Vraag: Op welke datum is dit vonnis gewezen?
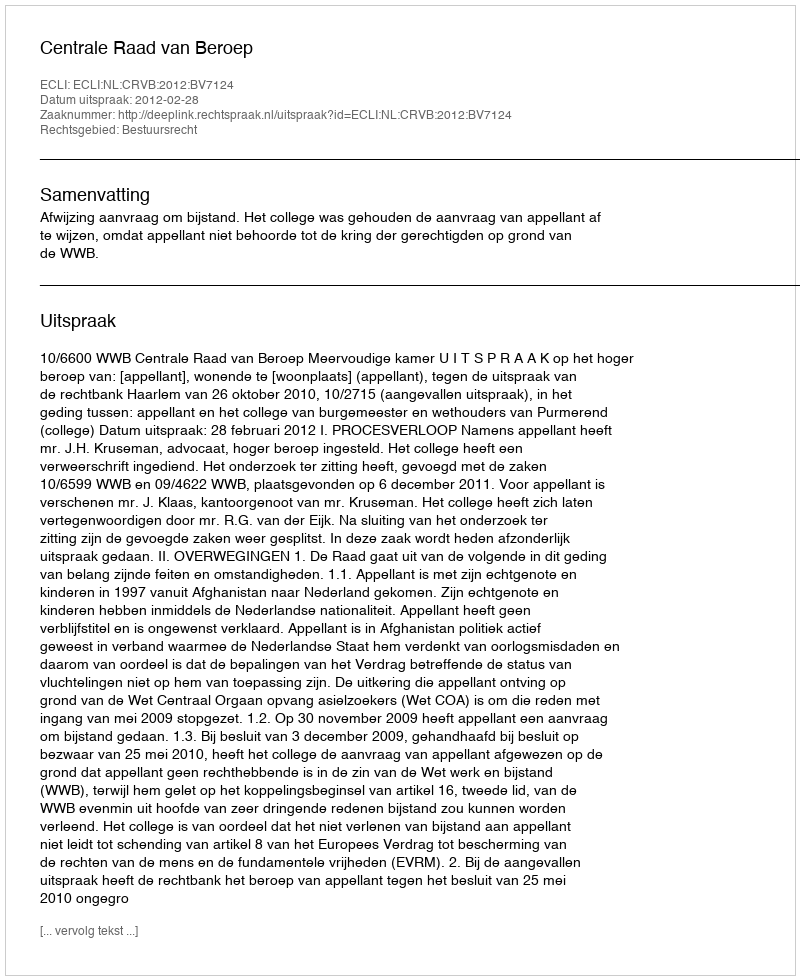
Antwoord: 2012-02-28